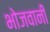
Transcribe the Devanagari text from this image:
भोजवानी